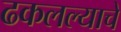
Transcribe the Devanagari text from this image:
ढकलल्याचे